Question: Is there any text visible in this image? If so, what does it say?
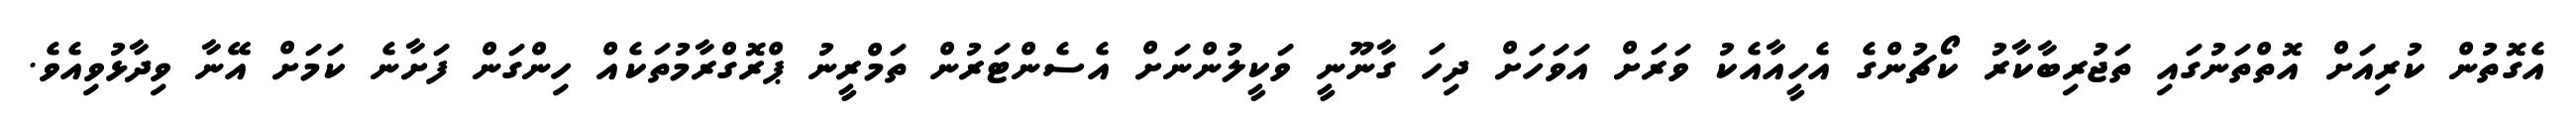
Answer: އެގޮތުން ކުރިއަށް އޮތްތަނުގައި ތަޖުރިބާކާރު ކޯޗުންގެ އެހީއާއެކު ވަރަށް އަވަހަށް ދިހަ ގާނޫނީ ވަކީލުންނަށް އެސެންޓަރުން ތަމްރީނު ޕްރޮގްރާމުތަކެއް ހިންގަން ފަށާނެ ކަމަށް އޭނާ ވިދާޅުވިއެވެ.